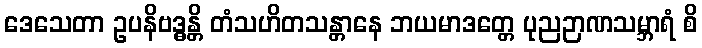
ဒေသေတာ ဥပနိဗဒ္ဓန္တိ တံသဟိတသန္တာနေ ဘယမာဒတ္တေ ပုညဉာဏသမ္ဘာရံ စိ